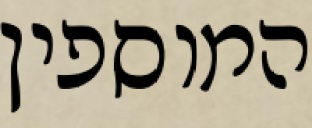
המוספין